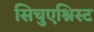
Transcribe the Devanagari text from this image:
सिचुएश्निस्ट